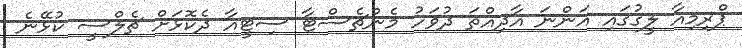
ޕްރިމިއާ ލީގުގައި އަންނަ އާދިއްތަ ދުވަހު މެންޗެސްޓާ ސިޓީއާ ދެކޮޅަށް ޗެލްސީ ކުޅޭނެ